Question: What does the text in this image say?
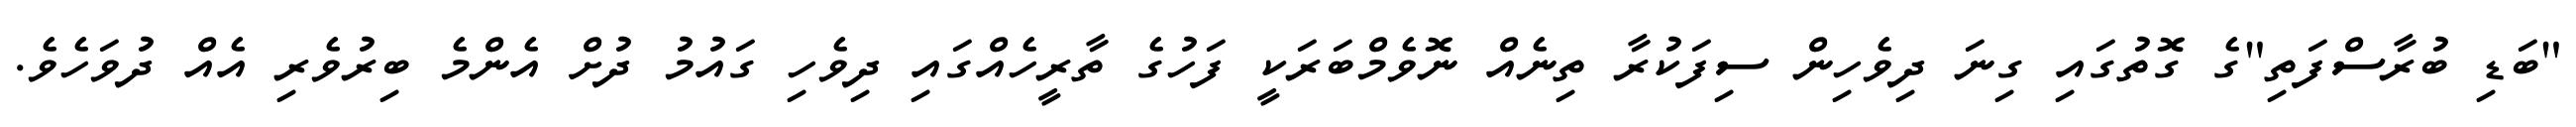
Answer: "ބަޑި ބުރާސްފަތި"ގެ ގޮތުގައި ގިނަ ދިވެހިން ސިފަކުރާ ތިނެއް ނޮވެމްބަރަކީ ފަހުގެ ތާރީހެއްގައި ދިވެހި ގައުމު ދުށް އެންމެ ބިރުވެރި އެއް ދުވަހެވެ.